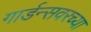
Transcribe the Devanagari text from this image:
गार्डन्सवरच्या